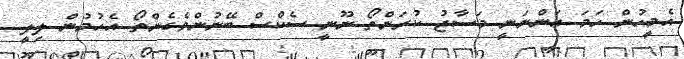
އެމީހުން ހަމަ އަންނަނީ މަސާޖު ކުރަންތޯ ނޫނީ ސެކްސް ބޭނުންވެގެންތޯ އެހުމުން ލިލީ